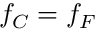
f _ { C } = f _ { F }